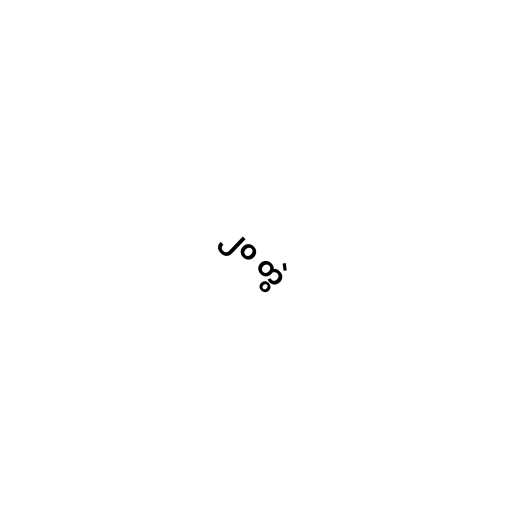
၂၀ တွဲ